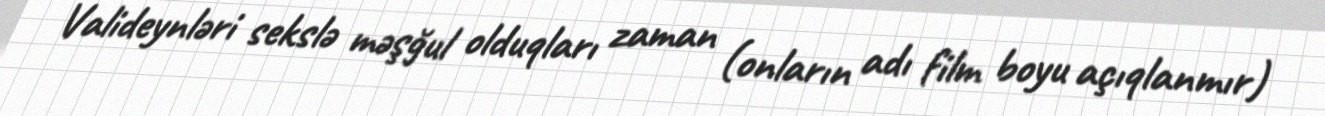
Valideynləri sekslə məşğul olduqları zaman (onların adı film boyu açıqlanmır)